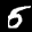
Label: 5